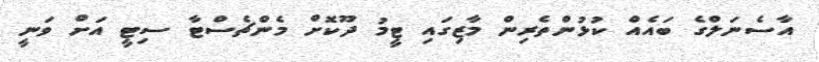
އާސެނަލްގެ ބައެއް ކުޅުންތެރިން މާޒިގައި ޓީމު ދޫކޮށް މެންޗެސްޓާ ސިޓީ އަށް ވަނީ